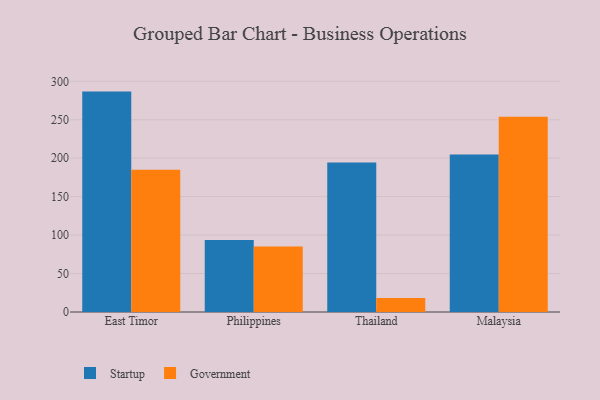
{"axis": {"x": "Country", "y": "Latency (ms)"}, "legend": ["Government", "Startup"], "data": [{"x": "East Timor", "y": 286.6, "type": "Startup"}, {"x": "East Timor", "y": 184.9, "type": "Government"}, {"x": "Philippines", "y": 93.5, "type": "Startup"}, {"x": "Philippines", "y": 85.3, "type": "Government"}, {"x": "Thailand", "y": 194.3, "type": "Startup"}, {"x": "Thailand", "y": 18.2, "type": "Government"}, {"x": "Malaysia", "y": 204.9, "type": "Startup"}, {"x": "Malaysia", "y": 253.8, "type": "Government"}]}